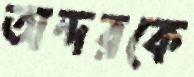
অন্দরকে